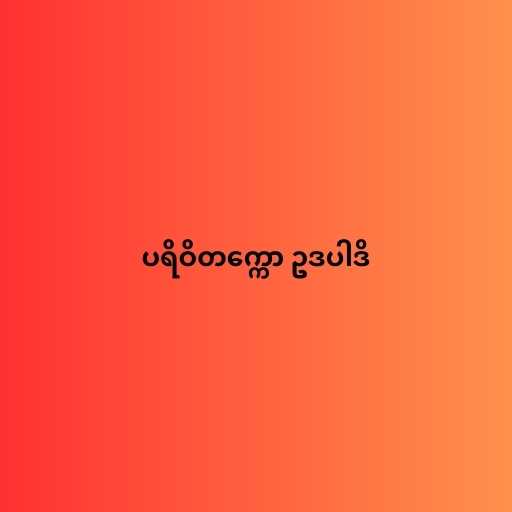
ပရိဝိတက္ကော ဥဒပါဒိ